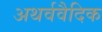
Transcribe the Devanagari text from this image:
अथर्ववैदिक